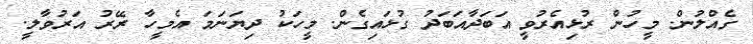
ގެއްލުން. މީހުން ރުޅިއެރުވީ އަބަދާއަބަދު ގުޅައިގެން. މީހަކު ދިޔަނަމަ އެމީހާ ރޭރު އަރުވާލީ.